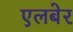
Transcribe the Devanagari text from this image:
एलबेर